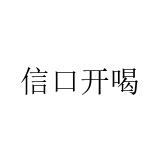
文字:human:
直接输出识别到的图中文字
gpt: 信口开喝